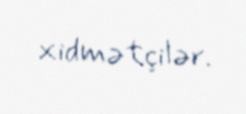
xidmətçilər.